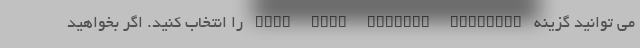
می توانید گزینه Send your current location را انتخاب کنید. اگر بخواهید